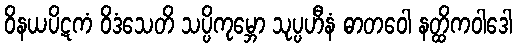
ဝိနယပိဋကံ ဝိဒံသေတိ သပ္ပိကုမ္ဘော သုပ္ပဟီနံ ဓာတဝေါ နတ္ထိကဝါဒေါ